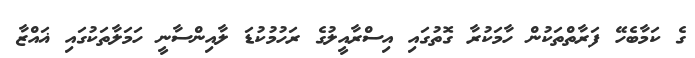
ގެ ކަމާބެހޭ ފަރާތްތަކުން ހާމަކުރާ ގޮތުގައި އިސްރާއީލުގެ ރަހުމުކުޑަ ލާއިންސާނީ ހަމަލާތަކުގައި ޣައްޒާ